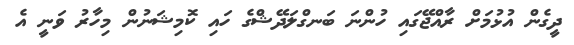
ދީގެން އުޅުމަށް ރާއްޖޭގައި ހުންނަ ބަނގްލަދޭޝްގެ ހައި ކޮމިޝަނުން މިހާރު ވަނީ އެ